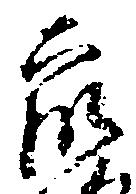
衆